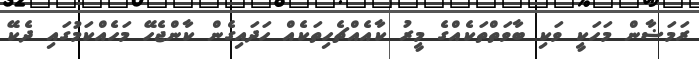
ރަމަޟާން މަހަކީ ވަކި ބާވަތްތަކެއްގެ މީރު ކާއެއްޗެހިތަކެއް ހަދައިގެން ކާންޖެހޭ މަހެއްކަމުގައި ދެކޭ